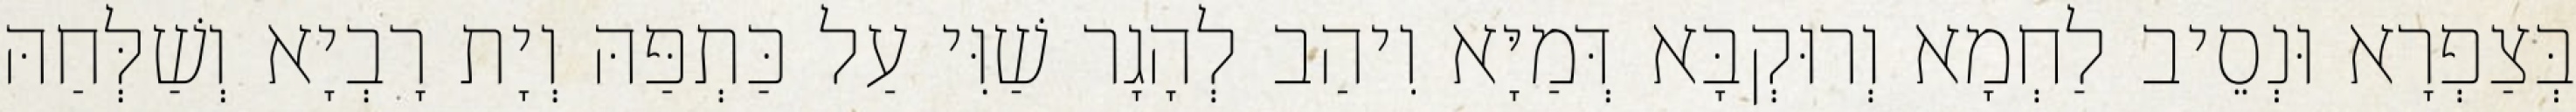
בְּצַפְרָא וּנְסֵיב לַחְמָא וְרוּקְבָּא דְּמַיָּא וִיהַב לְהָגָר שַׁוִּי עַל כַּתְפַּהּ וְיָת רָבְיָא וְשַׁלְּחַהּ